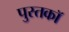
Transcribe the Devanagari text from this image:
पुस्तकॉ